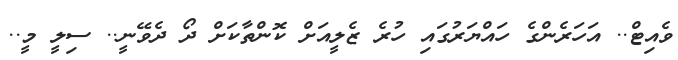
ވެއިޓް.. އަހަރެންގެ ހައްޔަރުގައި ހުރެ ޒެލީއަށް ކޮންތާކަށް ދޯ ދެވޭނީ.. ސިލީ މީ..